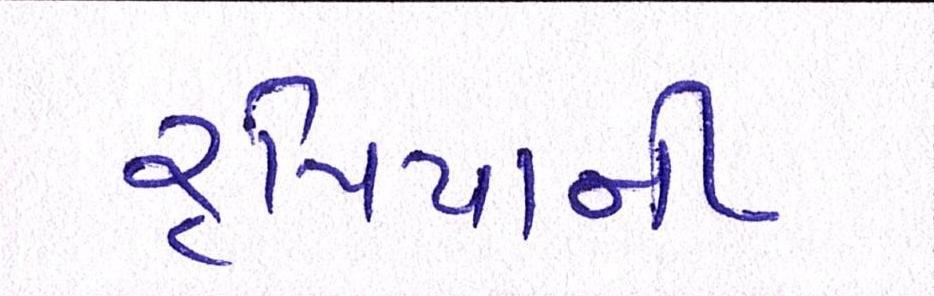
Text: રૃપિયાની